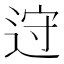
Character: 䢘